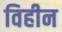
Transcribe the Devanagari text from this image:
विहीन